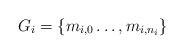
LaTeX: \begin{align*}G_i=\{ m_{i, 0} \dots , m_{i, n_i}\}\end{align*}